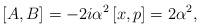
LaTeX: \begin{align*}\left[ A,B\right] =-2i\alpha ^{2}\left[ x,p\right] =2\alpha ^{2},\end{align*}